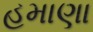
હમાણા